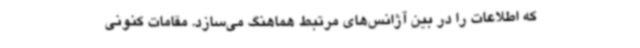
که اطلاعات را در بین آژانس‌های مرتبط هماهنگ می‌سازد. مقامات کنونی